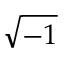
\sqrt { - 1 }